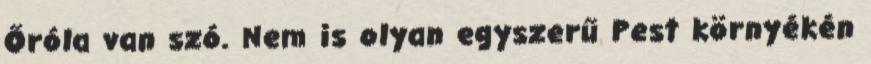
Őróla van szó. Nem is olyan egyszerű Pest környékén